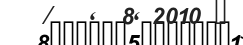
/